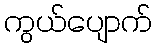
ကွယ်ပျောက်